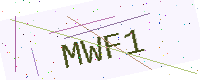
Text: MWF1